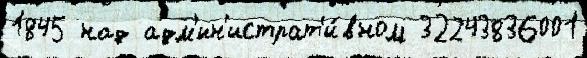
1845 над адм'ин'истрат'и́вном 32243836001